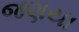
જણયા